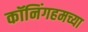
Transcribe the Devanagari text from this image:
कॉनिंगहमच्या